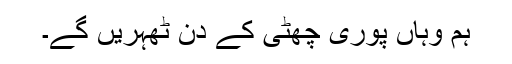
ہم وہاں پوری چھٹی کے دن ٹھہریں گے۔